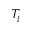
T _ { i }